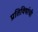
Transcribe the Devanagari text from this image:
प्रतिविषांची